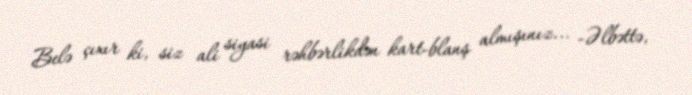
Belə çıxır ki, siz ali siyasi rəhbərlikdən kart-blanş almışınız... -Əlbəttə,